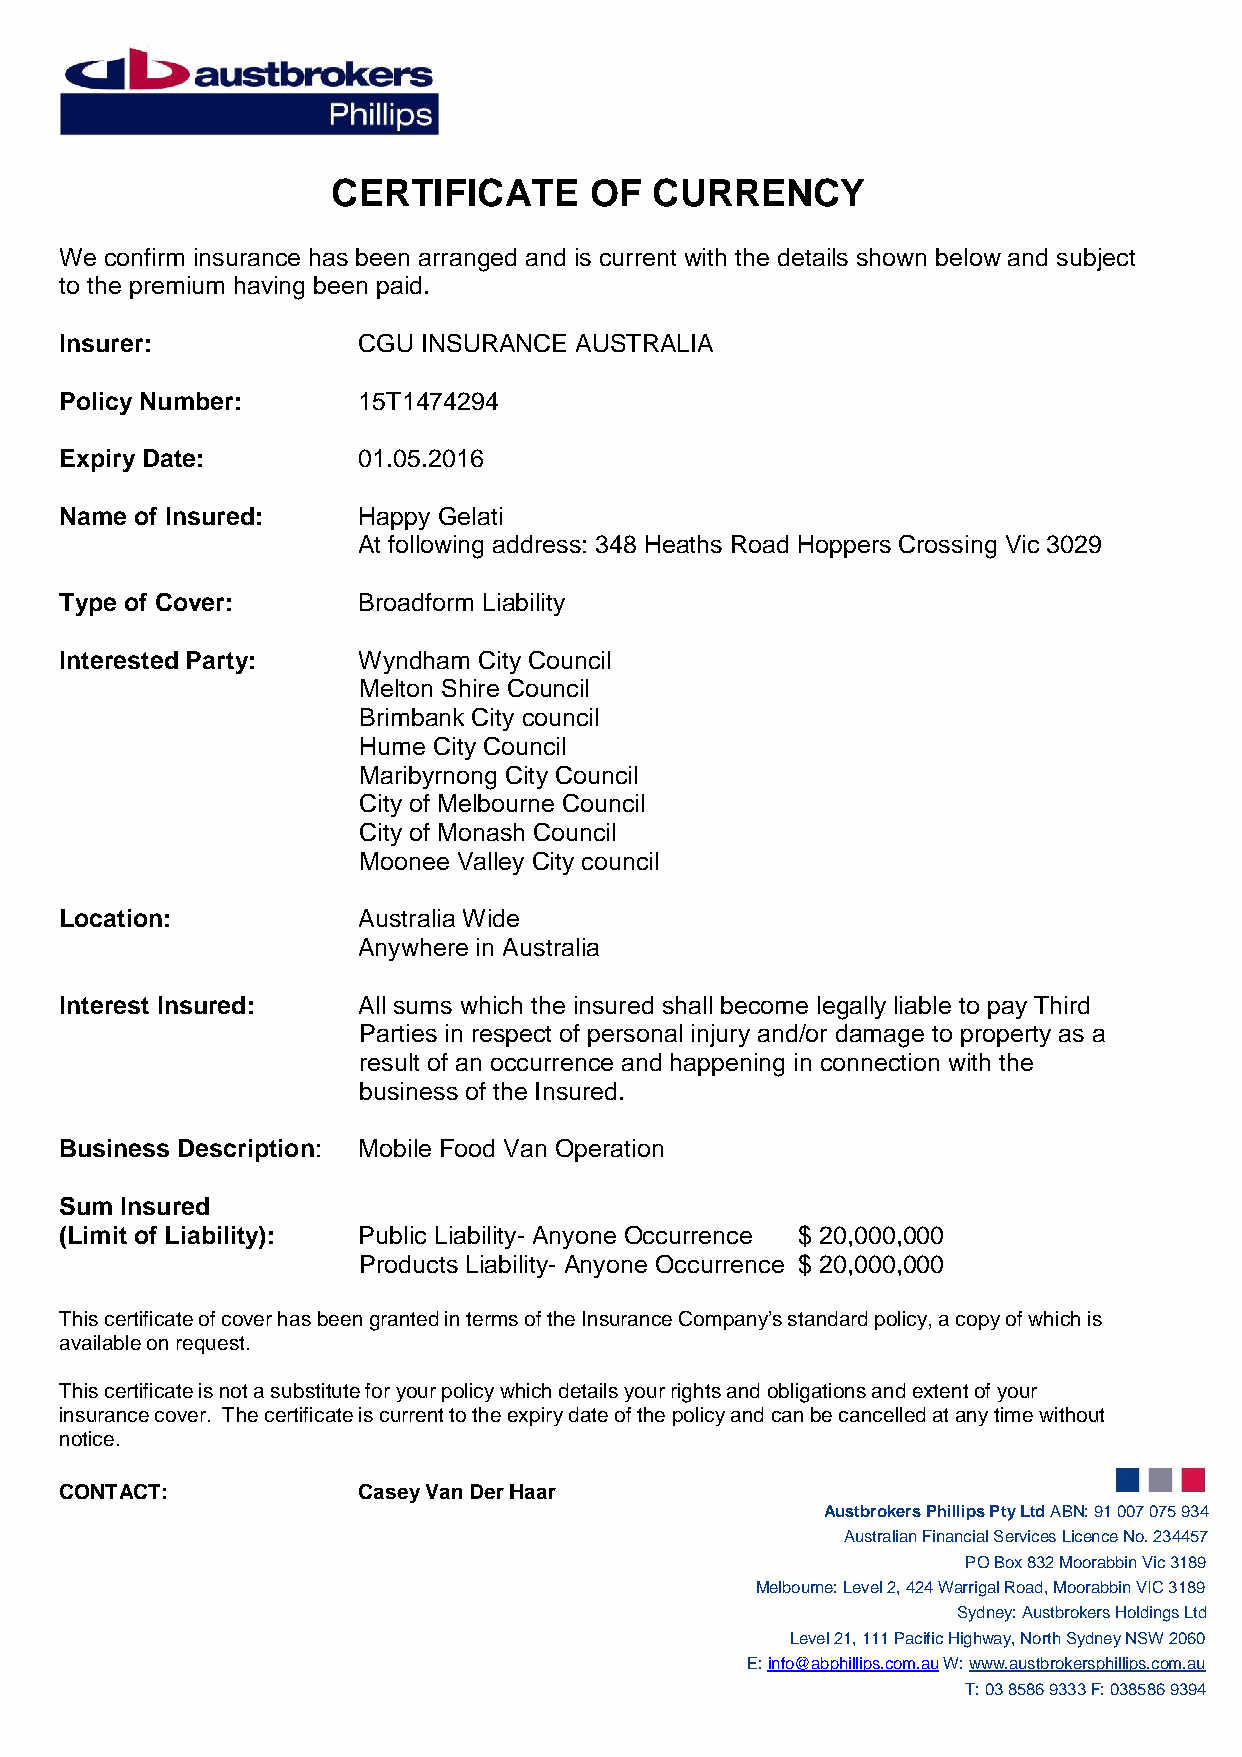
CERTIFICATE      OF  CURRENCY
 We confirm insurance has been arranged and is current with the details shown below and subject
 to the premium having been paid.
 Insurer:            CGU INSURANCE AUSTRALIA
 Policy Number:      15T1474294
 Expiry Date:        01.05.2016
 Name of Insured:    Happy Gelati
 At following address: 348 Heaths Road Hoppers Crossing Vic 3029
 Type of Cover:      Broadform Liability
 Interested Party:   Wyndham City Council
 Melton Shire Council
 Brimbank City council
 Hume City Council
 Maribyrnong City Council
 City of Melbourne Council
 City of Monash Council
 Moonee Valley City council
 Location:           Australia Wide
 Anywhere in Australia
 Interest Insured:   All sums which the insured shall become legally liable to pay Third
 Parties in respect of personal injury and/or damage to property as a
 result of an occurrence and happening in connection with the
 business of the Insured.
 Business Description: Mobile Food Van Operation
 Sum Insured
 (Limit of Liability): Public Liability- Anyone Occurrence $ 20,000,000
 Products Liability- Anyone Occurrence $ 20,000,000
 This certificate of cover has been granted in terms of the Insurance Company’s standard policy, a copy of which is
 available on request.
 This certificate is not a substitute for your policy which details your rights and obligations and extent of your
 insurance cover. The certificate is current to the expiry date of the policy and can be cancelled at any time without
 notice.
 CONTACT:            Casey Van Der Haar
 Austbrokers Phillips Pty Ltd ABN: 91 007 075 934
 Australian Financial Services Licence No. 234457
 PO Box 832 Moorabbin Vic 3189
 Melbourne: Level 2, 424 Warrigal Road, Moorabbin VIC 3189
 Sydney: Austbrokers Holdings Ltd
 Level 21, 111 Pacific Highway, North Sydney NSW 2060
 E: info@abphillips.com.au W: www.austbrokersphillips.com.au
 T: 03 8586 9333 F: 038586 9394